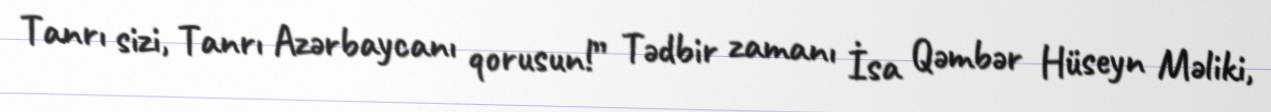
Tanrı sizi, Tanrı Azərbaycanı qorusun!” Tədbir zamanı İsa Qəmbər Hüseyn Məliki,